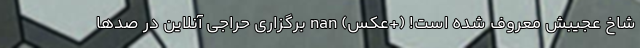
شاخ عجیبش معروف شده است! (+عکس) nan برگزاری حراجی آنلاین در صدها